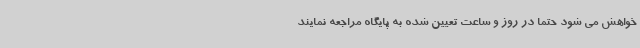
خواهش می شود حتما در روز و ساعت تعیین شده به پایگاه مراجعه نمایند